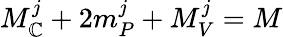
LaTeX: M_{\mathbb{C}}^{j}+2m_{P}^{j}+M_{V}^{j}=M